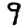
Digit: 9